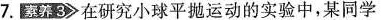
7.素养3在研究小球平抛运动的实验中，某同学